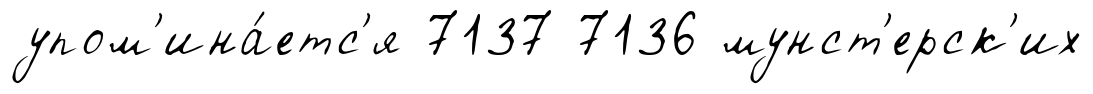
упом'ина́етс'я 7137 7136 мунст'ерск'их